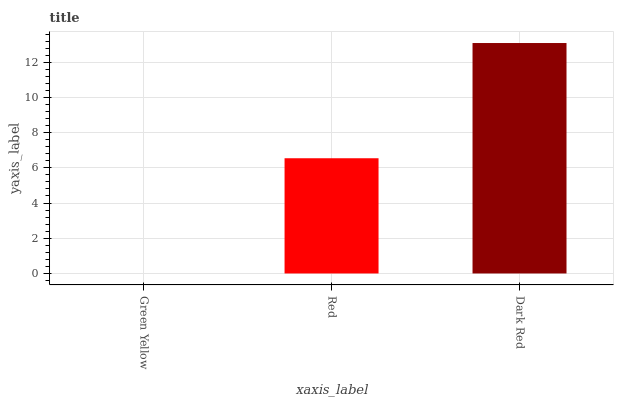
| xaxis_label | bars |
 | --- | --- |
 | Green Yellow | 0 |
 | Red | 6.54 |
 | Dark Red | 13.1 |